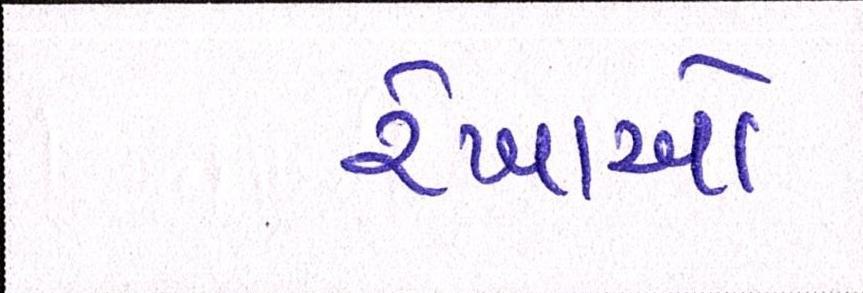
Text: રેખાઓ